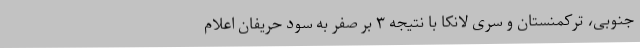
جنوبی، ترکمنستان و سری لانکا با نتیجه ۳ بر صفر به سود حریفان اعلام